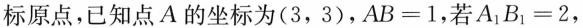
标原点，已知点A的坐标为(3，3)，$$A B = 1$$，若$$A _ { 1 } B _ { 1 } = 2$$，